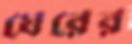
ঘেরের